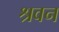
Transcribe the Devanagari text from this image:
श्रवन